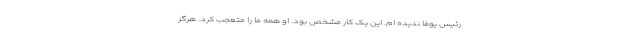
رئیس یوفا ندیده ام. این یک کار مشخص بود. او همه ما را متعجب کرد. هرگز